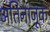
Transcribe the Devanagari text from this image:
अतिनाजूक